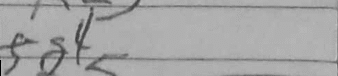
Transcription: fg4